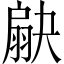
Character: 𦑗